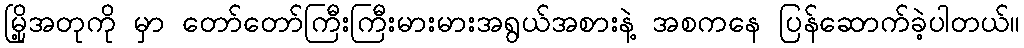
မြို့အတုကို မှာ တော်တော်ကြီးကြီးမားမားအရွယ်အစားနဲ့ အစကနေ ပြန်ဆောက်ခဲ့ပါတယ်။